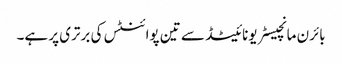
بائرن مانچیسٹر یونائیٹڈ سے تین پوائنٹس کی برتری پر ہے۔